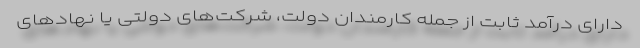
دارای درآمد ثابت از جمله کارمندان دولت، شرکت‌های دولتی یا نهادهای